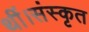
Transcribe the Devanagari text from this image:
थीं।संस्कृत